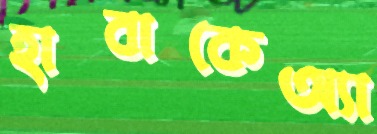
হাবাকেঅ্যা